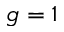
g = 1